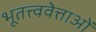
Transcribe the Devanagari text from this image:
भूतत्त्ववेत्ताओं